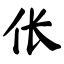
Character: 伥